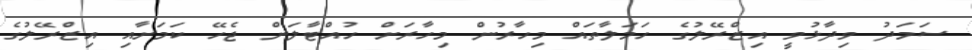
ސަމަދު ވިދާޅުވީ އިޒްރޭލުގެ ހަމަލާތައް މިހާރުން މިހާރަށް ހުއްޓާލަން ޖެހޭ ކަމަށާއި އިޒްރޭލުގެ